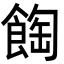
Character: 𩛽